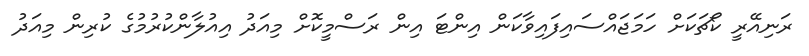
ރަނިއޭރީ ކޯޗަކަށް ހަމަޖައްސައިފައިވާކަން އިންޓަ އިން ރަސްމީކޮށް މިއަދު އިއުލާންކުރުމުގެ ކުރިން މިއަދު